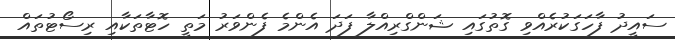
ސައީދު ފާހަގަކުރެއްވި ގޮތުގައި ޝަންގްރިއްލާ ފަދަ އެންމެ ފެންވަރު މަތީ ހޮޓާތަކާއި ރިސޯޓުތައް